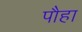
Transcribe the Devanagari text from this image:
पौहा